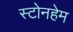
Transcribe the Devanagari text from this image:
स्टोनहेम